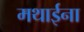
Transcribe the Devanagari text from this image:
मथाईना